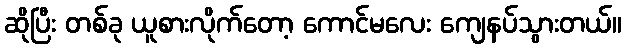
ဆိုပြီး တစ်ခု ယူစားလိုက်တော့ ကောင်မလေး ကျေနပ်သွားတယ်။